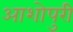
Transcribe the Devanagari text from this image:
आशोपुरी